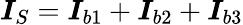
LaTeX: \boldsymbol{I}_{S}=\boldsymbol{I}_{b1}+\boldsymbol{I}_{b2}+\boldsymbol{I}_{b3}